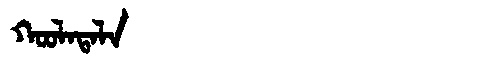
Manchu: ᡴᠣᠣᠯᠠᡨᠠᠯᠠ
Romanization: KOOLATALA